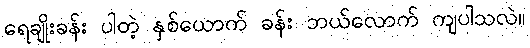
ရေချိုးခန်း ပါတဲ့ နှစ်ယောက် ခန်း ဘယ်လောက် ကျပါသလဲ။